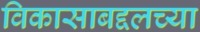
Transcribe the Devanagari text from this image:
विकासाबद्दलच्या